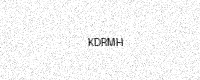
Text: KDRMH